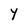
Character: Y